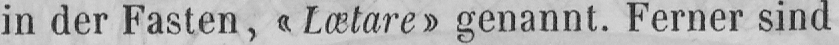
in der Fasten, «Lœtare» genannt. Ferner sind